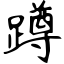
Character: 蹲